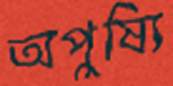
অপুষ্যি